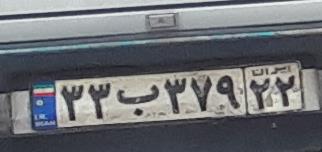
۲۲ب۲۷۹۲۲